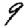
Digit: 9